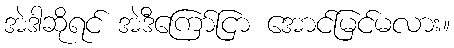
အဲဒါဆိုရင် အဲဒီကြော်ငြာ အောင်မြင်မလား။